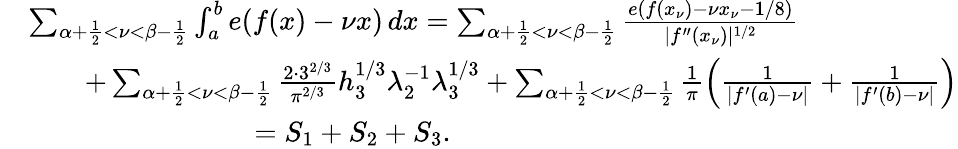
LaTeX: \begin{array}{rl}&{\sum_{\alpha+\frac{1}{2}<\nu<\beta-\frac{1}{2}}\int_{a}^{b}e(f(x)-\nu x)\, dx=\sum_{\alpha+\frac{1}{2}<\nu<\beta-\frac{1}{2}}\frac{e(f(x_{\nu})-\nu x_{\nu}-1/8)}{|f^{\prime\prime}(x_{\nu})|^{1/2}}}\\ &{\qquad+\sum_{\alpha+\frac{1}{2}<\nu<\beta-\frac{1}{2}}\frac{2\cdot 3^{2/3}}{\pi^{2/3}}h_{3}^{1/3}\lambda_{2}^{-1}\lambda_{3}^{1/3}+\sum_{\alpha+\frac{1}{2}<\nu<\beta-\frac{1}{2}}\frac{1}{\pi}\left(\frac{1}{|f^{\prime}(a)-\nu|}+\frac{1}{|f^{\prime}(b)-\nu|}\right)}\\ &{\qquad\qquad\qquad\qquad=S_{1}+S_{2}+S_{3}.}\end{array}